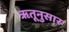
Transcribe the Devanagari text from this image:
ॠतूनुसार